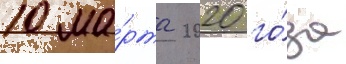
10 ма́рта 2020 го́да